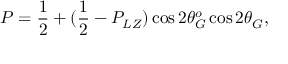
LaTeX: P = \frac { 1 } { 2 } + ( \frac { 1 } { 2 } - P _ { L Z } ) \cos 2 \theta _ { G } ^ { o } \cos 2 \theta _ { G } ,